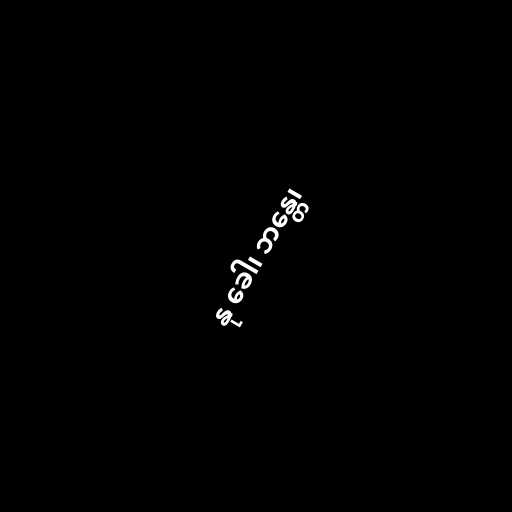
နု ခေါ၊ ဘန္တေ၊